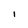
Character: 1